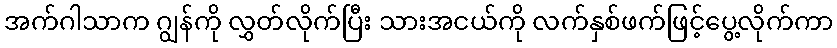
အက်ဂါသာက ဂျွန်ကို လွှတ်လိုက်ပြီး သားအငယ်ကို လက်နှစ်ဖက်ဖြင့်ပွေ့လိုက်ကာ